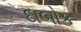
દાબોક